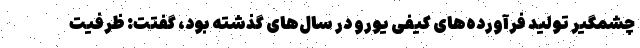
چشمگیر تولید فرآورده‌های کیفی یورو در سال‌های گذشته بود، گفتت: ظرفیت